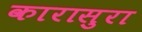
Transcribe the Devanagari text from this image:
कारासुरा